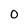
Character: 0